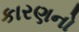
કારણનો